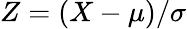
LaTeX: Z=(X-\mu)/\sigma